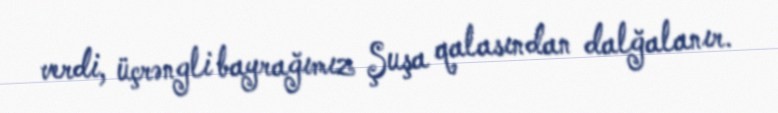
verdi, üçrəngli bayrağımız Şuşa qalasından dalğalanır.